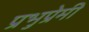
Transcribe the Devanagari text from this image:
प्रभुप्रेमी